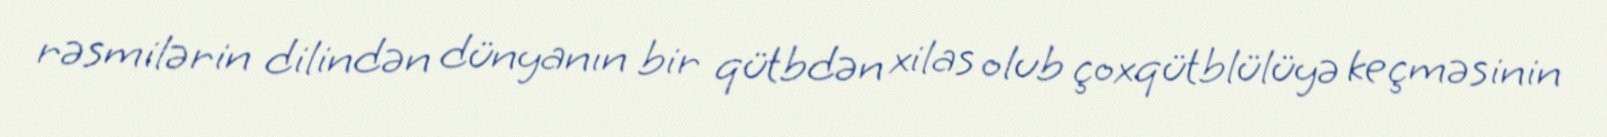
rəsmilərin dilindən dünyanın bir qütbdən xilas olub çoxqütblülüyə keçməsinin